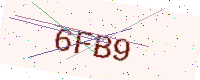
Text: 6FB9